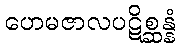
ဟေမဇာလပဋိစ္ဆန္နံ